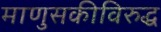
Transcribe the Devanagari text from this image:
माणुसकीविरुद्ध